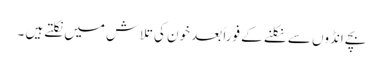
بچے انڈوں سے نکلنے کے فوراً بعد خون کی تلاش میں نکلتے ہیں ۔